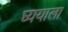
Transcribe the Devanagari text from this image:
घ्ययाला